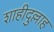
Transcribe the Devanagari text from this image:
शाहीदुल्लाह